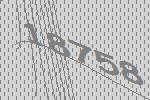
18758